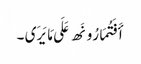
أَفَتُمَارُونَھ عَلَی مَا یَرَی ۔